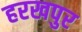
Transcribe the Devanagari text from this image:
हरखपुर